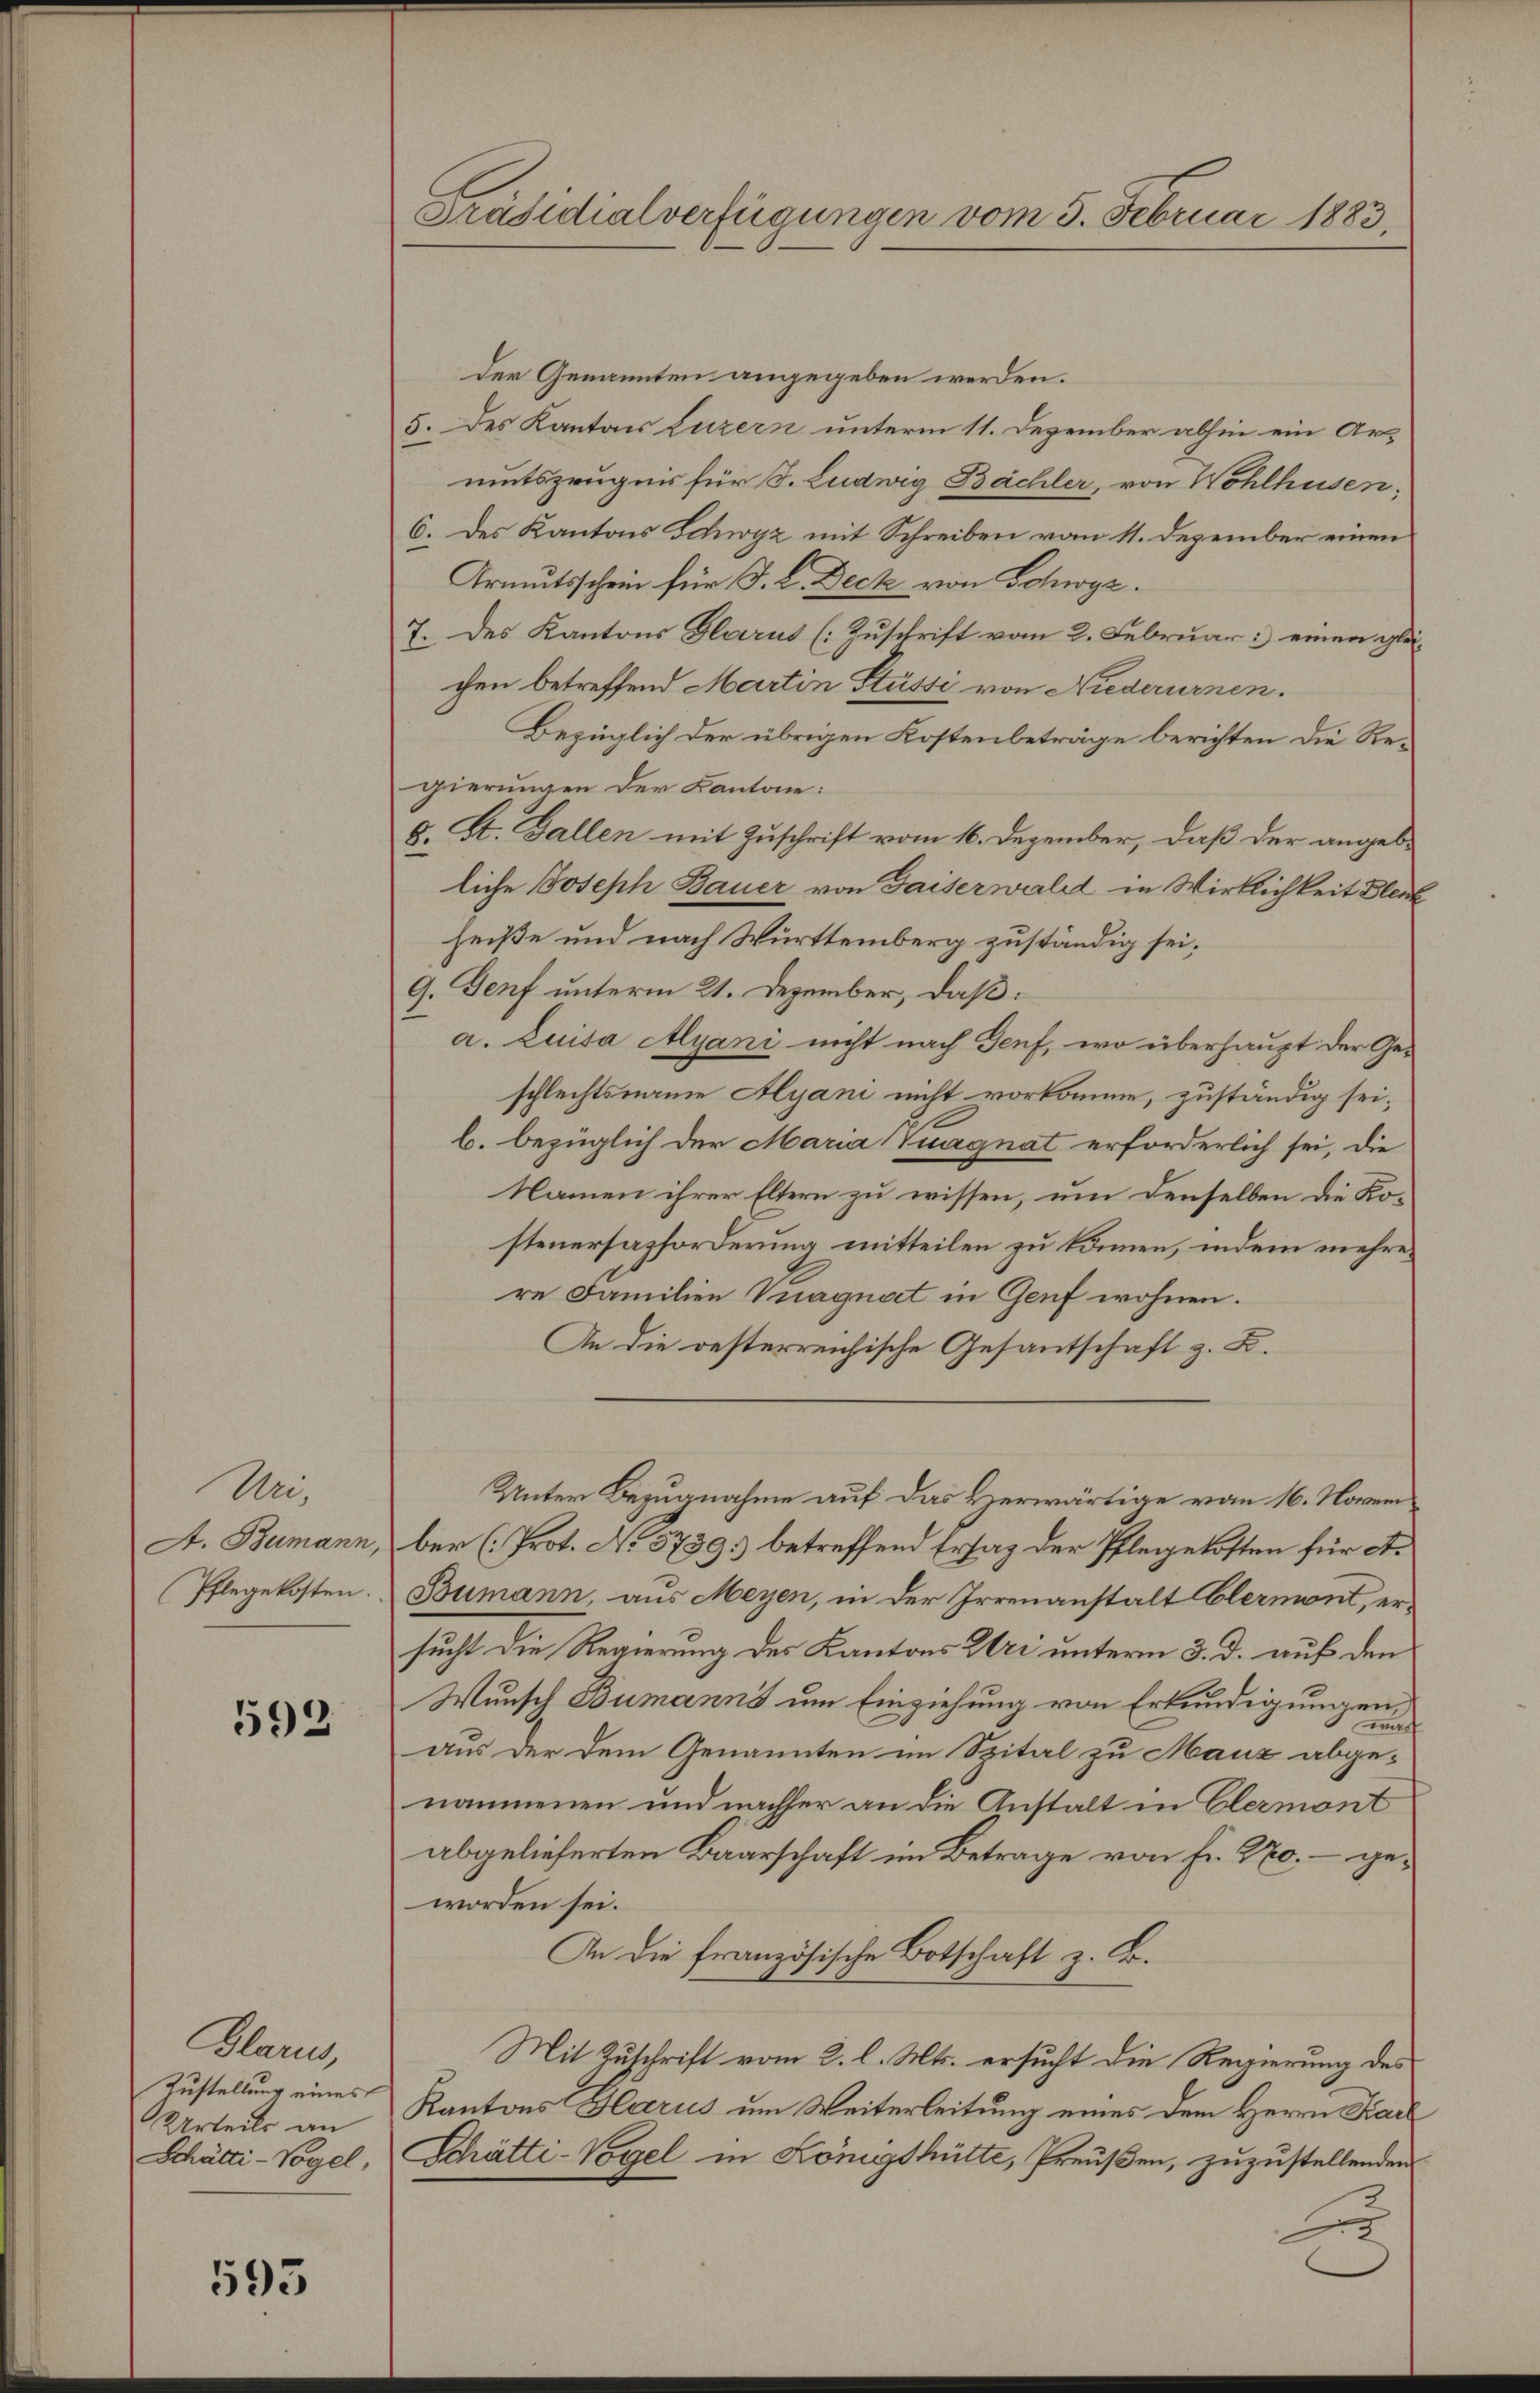
Mei
A. Bumann,
Pflegekosten.

592

Glarus,
Zustellung eines
Urteils an

593

Präsidialverfügungen vom 5. Februar 1883,

der Genannten angegeben werden.
5. des Kantons Luzern unterm 11. Dezember abhin ein Ar-
mutszeugnis für d. Ludwig Bächler, von Wohlhusen,
6. des Kantons Schwyz mit Schreiben vom 11. Dezember einen
Armutsschein für J. L. Deck von Schwyz.
7. des Kantons Glarus (Zuschrift vom 2. Februar: einen gleichen betreffend Martin Stüsti von Niederurnen.
Bezüglich der übrigen Kostenbeträge berichten die Regierungen der Kantone:
8. St. Gallen mit Zuschrift vom 16. Dezember, daß der angebliche Joseph Bauer von Gaiserwald in Wirklichkeit Bleul
heiße und nach Württemberg zuständig sei;
9. Genf unterm 21. Dezember, daß
a. Luita Alyani nicht nach Genf, wo überhaupt der Ge-
schlechtsname Alyani nicht vorkomme, zuständig sei;
b. bezüglich der Maria (Tuagnat erforderlich sei, die
Namen ihrer Eltern zu wissen, um denselben die Kosteuersazforderung mitteilen zu können, indem mehrere Familien Vnagnat in Genf wohnen.
An die oesterreichische Gesantschaft z. B.
Unter Bezugnahme auf das Herwärtige vom 16. Novem
ber (Prot. No. 5739. betreffend Ersatz der Pfleggekosten für et.
Bumann, aus Meyen, in der Irrenanstalt Clermont, ersucht die Regierung des Kantons Uri unterm 3. d. auf den
Wunsch Bumanns um Einziehung von Erkundigungen,
warf
aus der dem Genannten im Spital zu Manz abgenommenen und nachher an die Anstalt in Elermont
abgelieferten Baarschaft im Betrage von Fr. 20, – geworden sei.
An die französische Botschaft z. B.
Mit Zuschrift vom 2. l. Mts. ersucht die Regierung des
Kantons Glarus um Weiterleitung eines dem Herrn Karl
Schätti-Vogel, Schätti-Vogel in Königshütte, Preußen, zuzustellenden